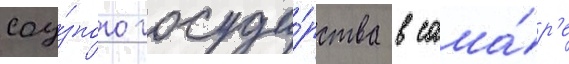
соу́зного госуда́рства в сама́р'е